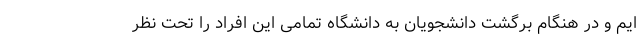
ایم و در هنگام برگشت دانشجویان به دانشگاه تمامی این افراد را تحت نظر